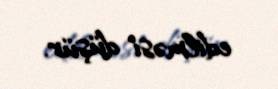
edilməsi düşür.